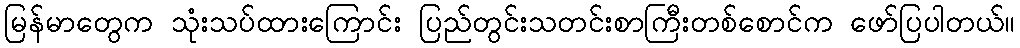
မြန်မာတွေက သုံးသပ်ထားကြောင်း ပြည်တွင်းသတင်းစာကြီးတစ်စောင်က ဖော်ပြပါတယ်။